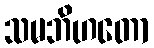
သမဘိဟတော